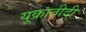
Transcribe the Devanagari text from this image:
यूक्रातीदी